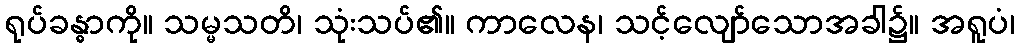
ရုပ်ခန္ဓာကို။ သမ္မသတိ၊ သုံးသပ်၏။ ကာလေန၊ သင့်လျော်သောအခါ၌။ အရူပံ၊